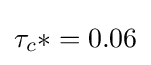
\tau _{c}*=0.06